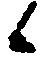
候